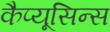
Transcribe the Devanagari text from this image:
कैप्यूसिन्स